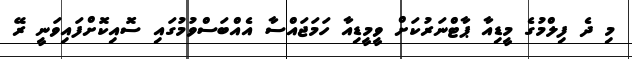
މި ދެ ފިލްމުގެ މީޑިއާ ޕާޓްނަރުކަށް ވީމީޑިއާ ހަމަޖައްސާ އެއްބަސްވުމުގައި ސޮއިކޮށްފައިވަނީ ރޭ